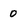
Character: 0